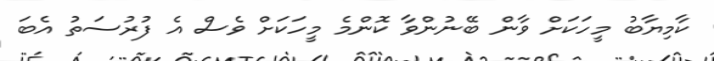
ކާމިޔާބު މީހަކަށް ވާން ބޭނުންވާ ކޮންމެ މީހަކަށް ވެސް އެ ފުރުސަތު އެބަ